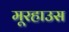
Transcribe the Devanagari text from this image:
मूरहाउस